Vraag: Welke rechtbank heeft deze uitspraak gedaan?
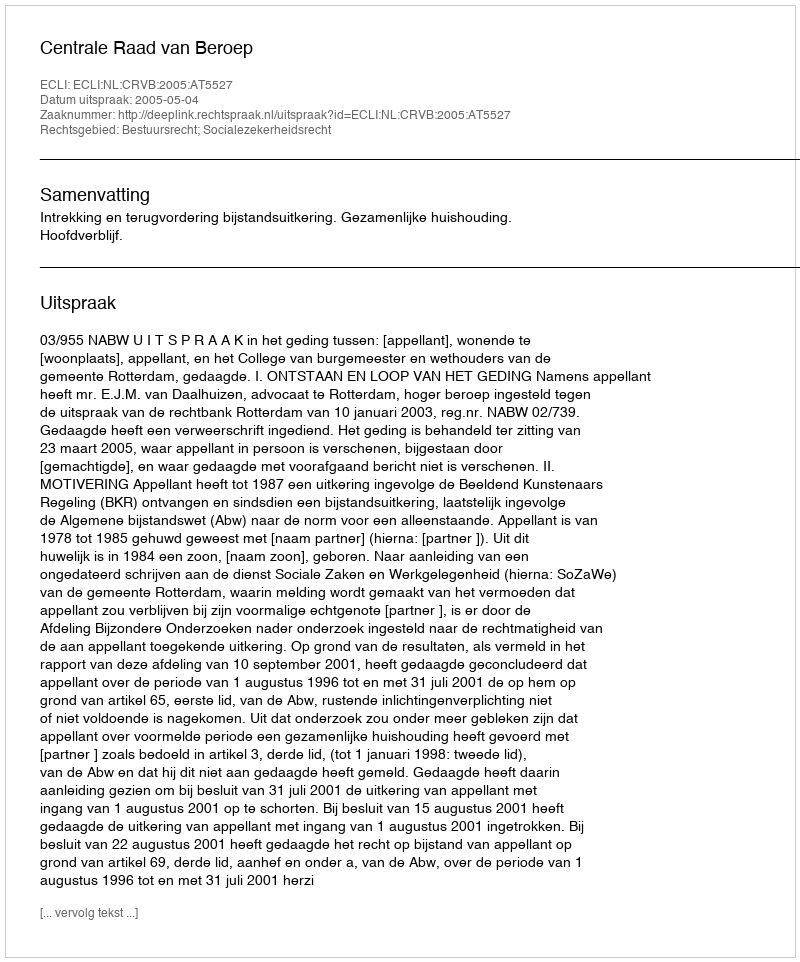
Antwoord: Centrale Raad van Beroep